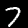
Digit: 7